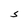
Character: S